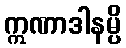
ဣဏာဒါနမ္ပိ